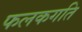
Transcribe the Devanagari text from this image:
फलकगति